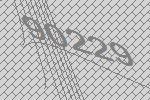
90229